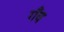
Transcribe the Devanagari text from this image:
गँव